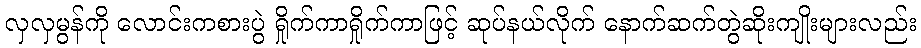
လှလှမွန်ကို လောင်းကစားပွဲ ရှိုက်ကာရှိုက်ကာဖြင့် ဆုပ်နယ်လိုက် နောက်ဆက်တွဲဆိုးကျိုးများလည်း